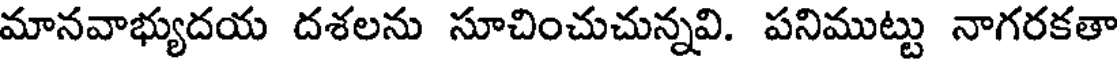
మానవాభ్యుదయ దశలను సూచించుచున్నవి. పనిముట్టు నాగరకతా